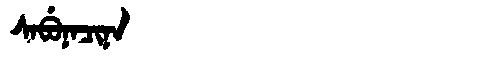
Manchu: ᠰᠠᠪᡠᠨᠠᠴᡳᠨᠠ
Romanization: SABUNACINA